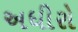
અધીરો